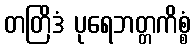
တတြိဒံ ပုရေဘတ္တကိစ္စံ